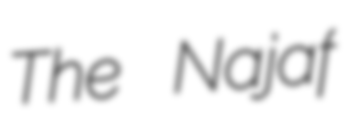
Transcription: The Najaf